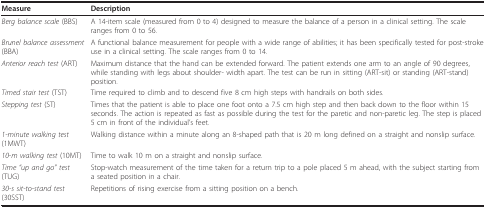
<table><thead><tr><td><b>Measure</b></td><td><b>Description</b></td></tr></thead><tbody><tr><td><i>Berg balance scale </i>(BBS)</td><td>A 14-item scale (measured from 0 to 4) designed to measure the balance of a person in a clinical setting. The scale ranges from 0 to 56.</td></tr><tr><td><i>Brunel balance assessment </i>(BBA)</td><td>A functional balance measurement for people with a wide range of abilities; it has been specifically tested for post-stroke use in a clinical setting. The scale ranges from 0 to 14.</td></tr><tr><td><i>Anterior reach test </i>(ART)</td><td>Maximum distance that the hand can be extended forward. The patient extends one arm to an angle of 90 degrees, while standing with legs about shoulder- width apart. The test can be run in sitting (ART-sit) or standing (ART-stand) position.</td></tr><tr><td><i>Timed stair test </i>(TST)</td><td>Time required to climb and to descend five 8 cm high steps with handrails on both sides.</td></tr><tr><td><i>Stepping test </i>(ST)</td><td>Times that the patient is able to place one foot onto a 7.5 cm high step and then back down to the floor within 15 seconds. The action is repeated as fast as possible during the test for the paretic and non-paretic leg. The step is placed 5 cm in front of the individual&#x27;s feet.</td></tr><tr><td><i>1-minute walking test </i>(1MWT)</td><td>Walking distance within a minute along an 8-shaped path that is 20 m long defined on a straight and nonslip surface.</td></tr><tr><td><i>10-m walking test </i>(10MT)</td><td>Time to walk 10 m on a straight and nonslip surface.</td></tr><tr><td><i>Time &quot;up and go&quot; test </i>(TUG)</td><td>Stop-watch measurement of the time taken for a return trip to a pole placed 5 m ahead, with the subject starting from a seated position in a chair.</td></tr><tr><td><i>30-s sit-to-stand test </i>(30SST)</td><td>Repetitions of rising exercise from a sitting position on a bench.</td></tr></tbody></table>